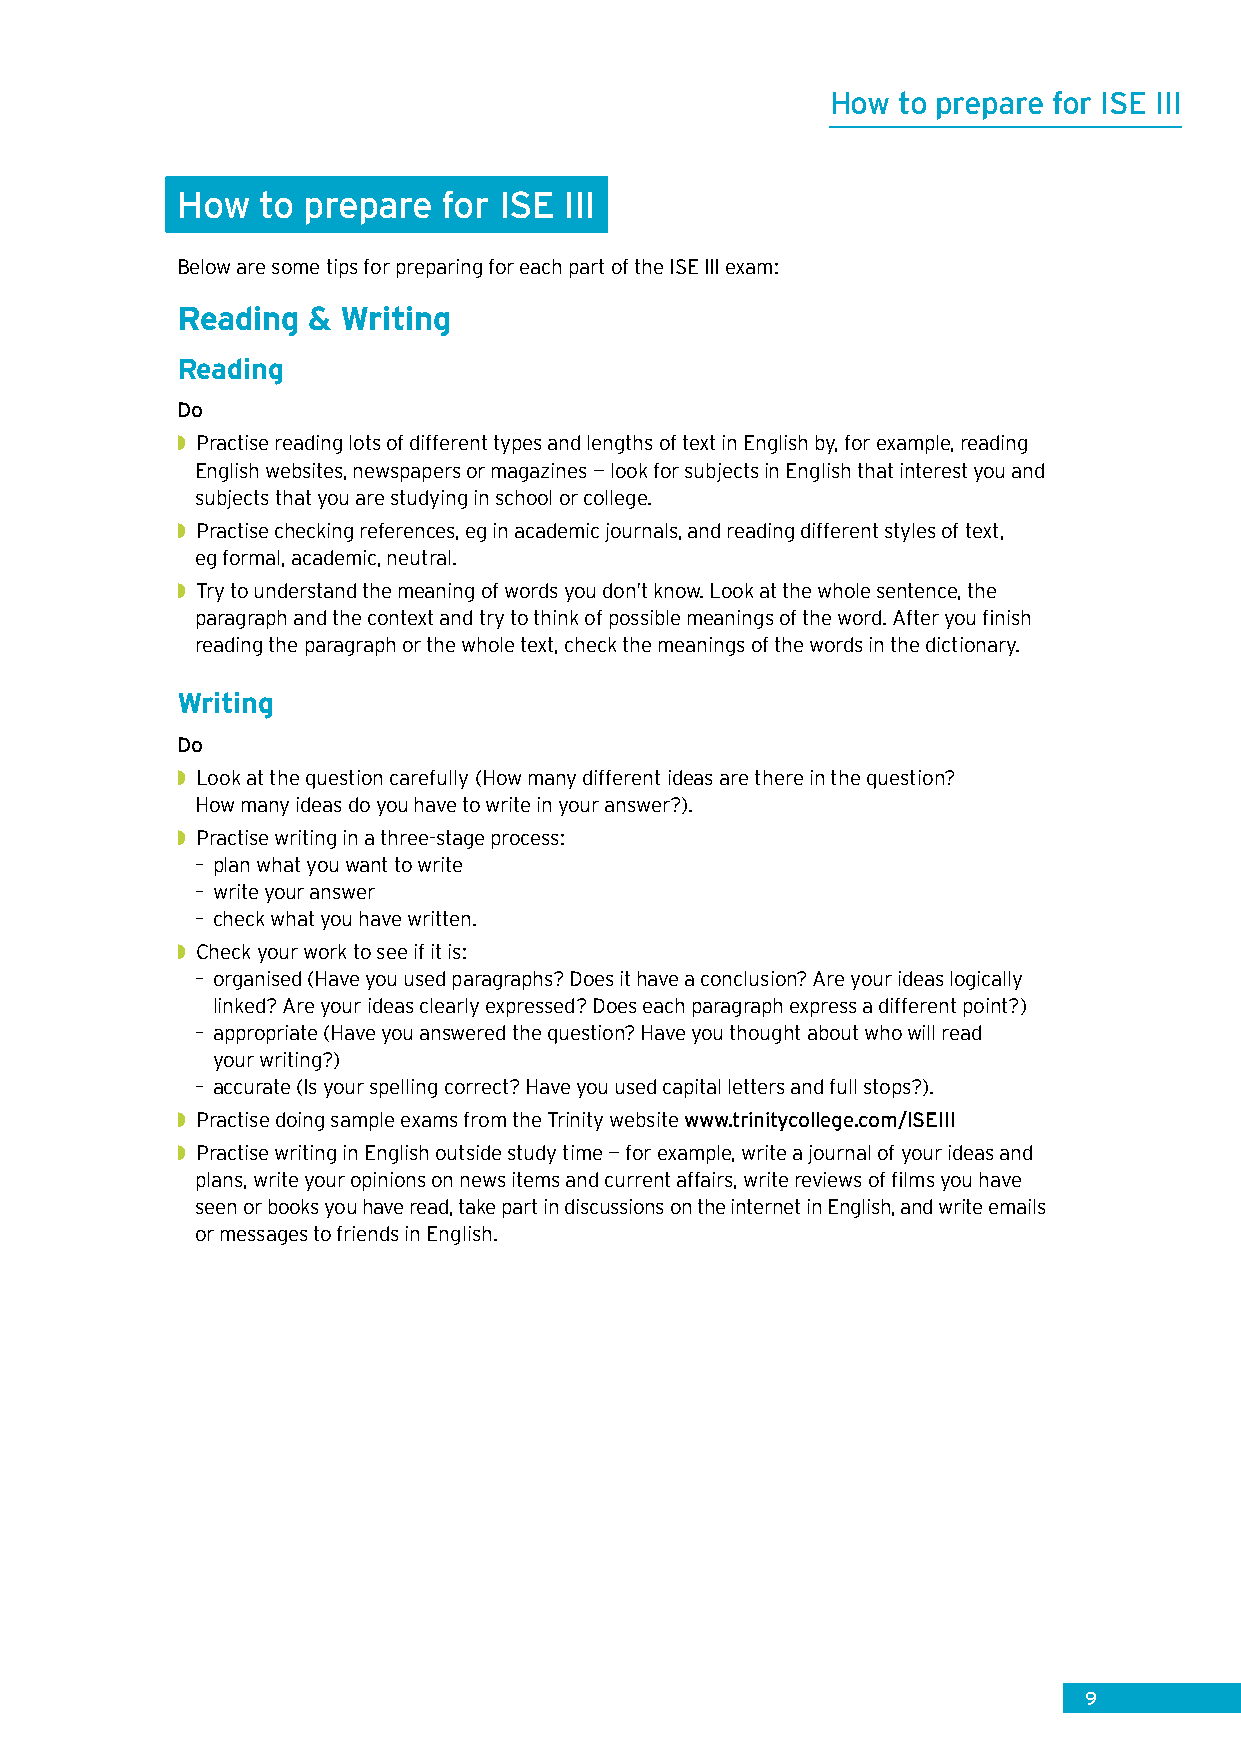
How to prepare for ISE III
 How  to prepare  for ISE III
 Below are some tips for preparing for each part of the ISE III exam:
 Reading &  Writing
 Reading
 Do
 ◗◗Practise reading lots of different types and lengths of text in English by, for example, reading
 English websites, newspapers or magazines — look for subjects in English that interest you and
 subjects that you are studying in school or college.
 ◗◗Practise checking references, eg in academic journals, and reading different styles of text,
 eg formal, academic, neutral.
 ◗◗Try to understand the meaning of words you don’t know. Look at the whole sentence, the
 paragraph and the context and try to think of possible meanings of the word. After you finish
 reading the paragraph or the whole text, check the meanings of the words in the dictionary.
 Writing
 Do
 ◗◗Look at the question carefully (How many different ideas are there in the question?
 How many ideas do you have to write in your answer?).
 ◗◗Practise writing in a three-stage process:
 – plan what you want to write
 – write your answer
 – check what you have written.
 ◗◗Check your work to see if it is:
 – organised (Have you used paragraphs? Does it have a conclusion? Are your ideas logically
 linked? Are your ideas clearly expressed? Does each paragraph express a different point?)
 – appropriate (Have you answered the question? Have you thought about who will read
 your writing?)
 – accurate (Is your spelling correct? Have you used capital letters and full stops?).
 ◗◗Practise doing sample exams from the Trinity website www.trinitycollege.com/ISEIII
 ◗◗Practise writing in English outside study time — for example, write a journal of your ideas and
 plans, write your opinions on news items and current affairs, write reviews of films you have
 seen or books you have read, take part in discussions on the internet in English, and write emails
 or messages to friends in English.
 9